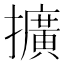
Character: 擴